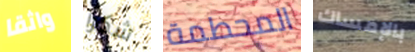
واثقا شكرا المحطمة بالإمساك